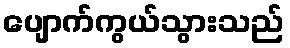
ပျောက်ကွယ်သွားသည်